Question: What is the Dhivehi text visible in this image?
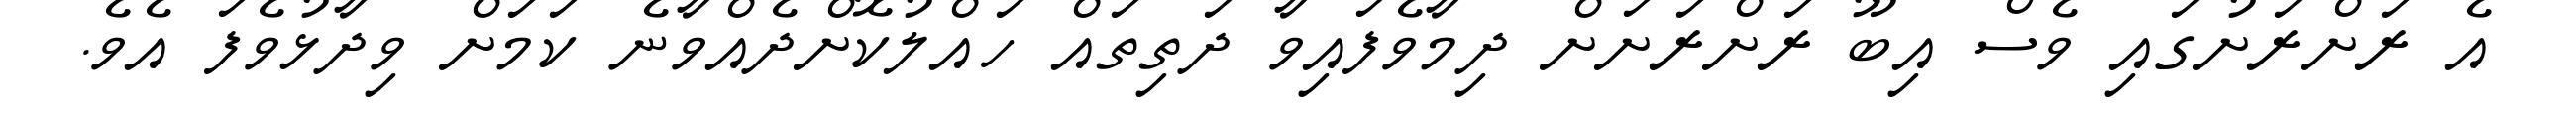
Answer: އެ ރަށްރަށުގައި ވެސް އިބޫ ރަށްރަށަށް ދިމާވެފައިވާ ދަތިތައް ހައްލުކޮށްދެއްވާނެ ކަމަށް ވިދާޅުވެފަ އެވެ.